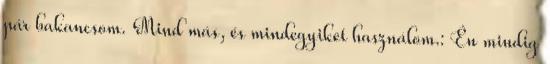
pár bakancsom. Mind más, és mindegyiket használom.: Én mindig